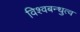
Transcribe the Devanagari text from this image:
विश्वबन्धुत्व